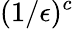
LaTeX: (1/\epsilon)^{c}